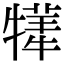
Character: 𤛫